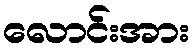
လောင်းအား